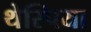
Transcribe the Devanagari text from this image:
थेस्पिया